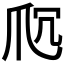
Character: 𬋤